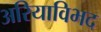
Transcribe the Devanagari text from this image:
अरियाविभद